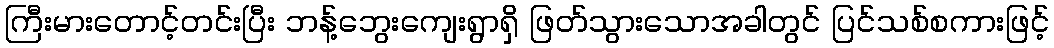
ကြီးမားတောင့်တင်းပြီး ဘန့်ဘွေးကျေးရွာရှိ ဖြတ်သွားသောအခါတွင် ပြင်သစ်စကားဖြင့်